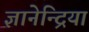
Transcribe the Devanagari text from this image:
ज्ञानेन्द्रियां